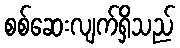
စစ်ဆေးလျက်ရှိသည်